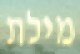
מילת